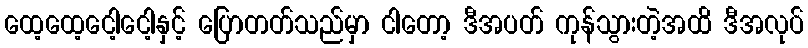
ထေ့ထေ့ငေါ့ငေါ့နှင့် ပြောတတ်သည်မှာ ငါတော့ ဒီအပတ် ကုန်သွားတဲ့အထိ ဒီအလုပ်